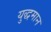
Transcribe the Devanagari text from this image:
युद्धमान